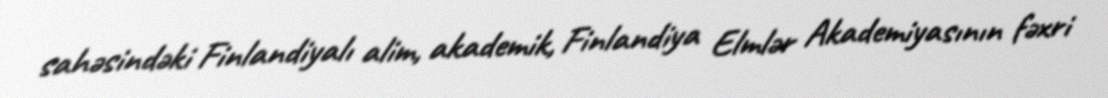
sahəsindəki Finlandiyalı alim, akademik, Finlandiya Elmlər Akademiyasının fəxri